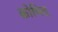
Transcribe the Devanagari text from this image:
क्रोधित्